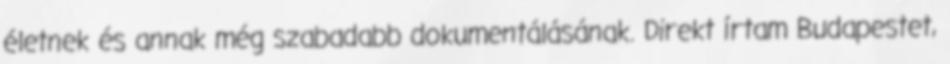
életnek és annak még szabadabb dokumentálásának. Direkt írtam Budapestet,